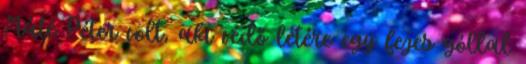
Máté Péter volt, aki védő létére egy fejes góllal